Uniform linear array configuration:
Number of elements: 12
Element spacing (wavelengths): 0.25
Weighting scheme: cosine
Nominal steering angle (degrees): -15
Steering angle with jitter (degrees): -16.049
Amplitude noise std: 0.05
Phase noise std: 0.05

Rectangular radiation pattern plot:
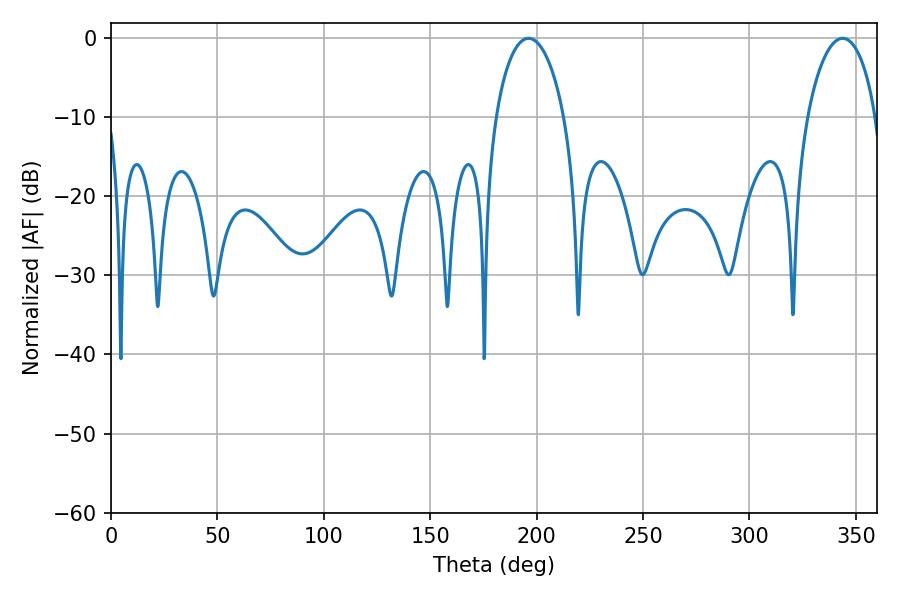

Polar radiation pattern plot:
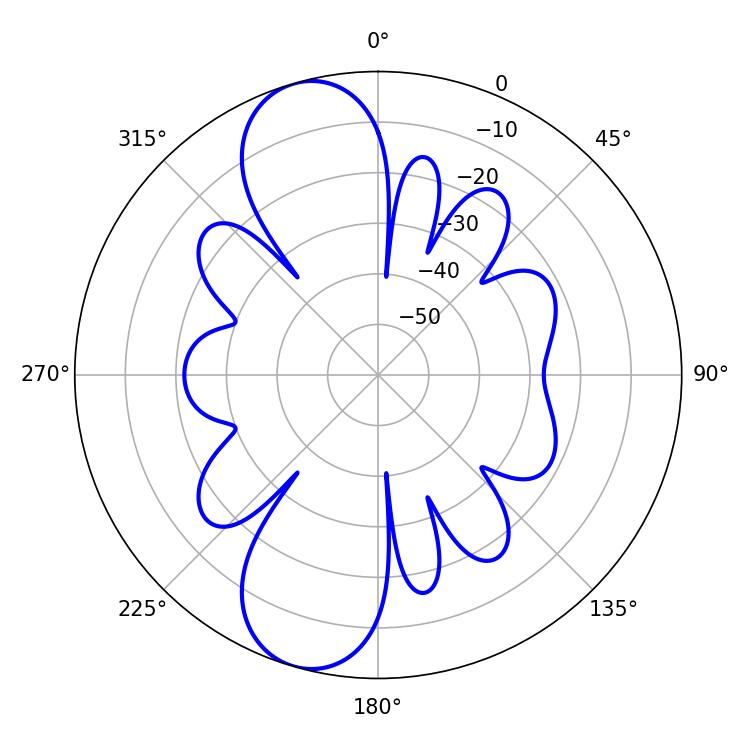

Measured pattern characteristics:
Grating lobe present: FALSE
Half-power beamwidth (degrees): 18.36
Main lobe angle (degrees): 196.2